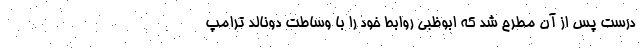
درست پس از آن مطرح شد که ابوظبی روابط خود را با وساطت دونالد ترامپ